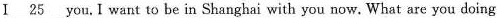
I\underline{25} you,I want to be in Shanghai with you now.What are you doing